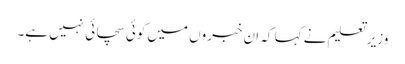
وزیر تعلیم نے کہا کہ ان خبروں میں کوئی سچائی نہیں ہے۔